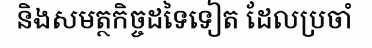
និងសមត្ថកិច្ចដទៃទៀត ដែលប្រចាំ